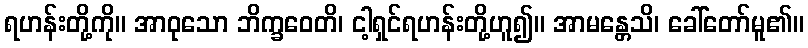
ရဟန်းတို့ကို။ အာဝုသော ဘိက္ခဝေတိ၊ ငါ့ရှင်ရဟန်းတို့ဟူ၍။ အာမန္တေသိ၊ ခေါ်တော်မူ၏။